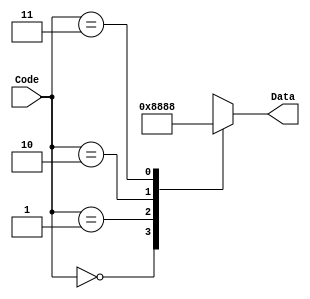
module decoder_2_to_4(
	input [1:0] Code,
	output reg [4:0] Data
	);
	always @(Code)
	begin
		case(Code)
			2'b00 : Data <= 4'b0001;
			2'b01 : Data <= 4'b0010;
			2'b10 : Data <= 4'b0100;
			2'b11 : Data <= 4'b1000;
		endcase
	end
endmodule